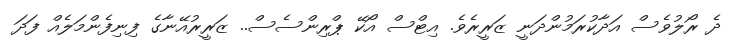
ދެ ރޯލުވެސް އަދާކުރަމުންދަނީ ޒަރީރެވެ. އިޓްސް އޯކޭ ޕްރިންސެސް.. ޒަރީރުއޭނާގެ ފިނިފެންމަލެއް ފަދަ